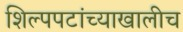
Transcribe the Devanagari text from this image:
शिल्पपटांच्याखालीच